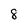
Character: 8